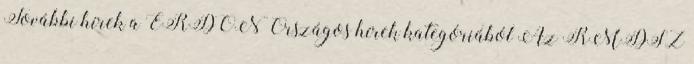
További hírek a ERDON Országos hírek kategóriából Az RMDSZ